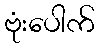
ဗုံးပေါက်